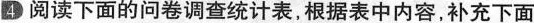
4 阅读下面的问卷调查统计表，根据表中内容，补充下面